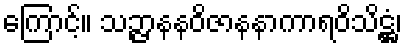
ကြောင့်။ သဉ္ဇာနနဝိဇာနနာကာရဝိသိဋ္ဌံ၊